Annual report on the lock hospitals of the Madras Presidency
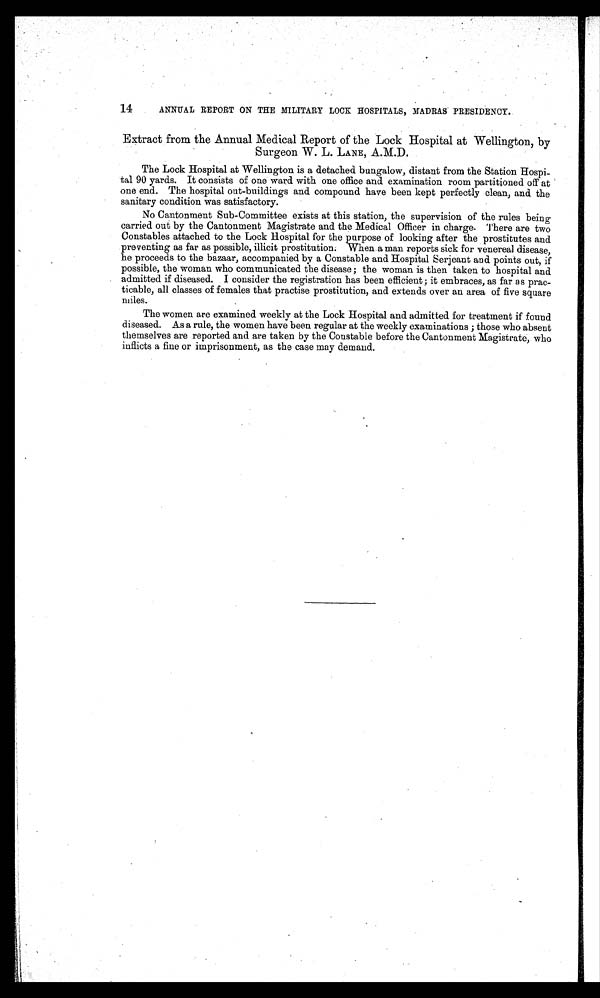
14
ANNUAL REPORT ON THE MILITARY LOCK HOSPITALS, MADRAS PRESIDENCY.
Extract from the Annual Medical Report of the Lock Hospital at Wellington, by
Surgeon W. L. LANE, A.M.D.
The Lock Hospital at Wellington is a detached bungalow, distant from the Station Hospi-
tal 90 yards. It consists of one ward with one office and examination room partitioned off at
one end. The hospital out-buildings and compound have been kept perfectly clean, and the
sanitary condition was satisfactory.
No Cantonment Sub-Committee exists at this station, the supervision of the rules being
carried out by the Cantonment Magistrate and the Medical Officer in charge. There are two
Constables attached to the Lock Hospital for the purpose of looking after the prostitutes and
preventing as far as possible, illicit prostitution. When a man reports sick for venereal disease,
he proceeds to the bazaar, accompanied by a Constable and Hospital Serjeant and points out, if
possible, the woman who communicated the disease ; the woman is then taken to hospital and
admitted if diseased. I consider the registration has been efficient ; it embraces, as far as prac-
ticable, all classes of females that practise prostitution, and extends over an area of five square
miles.
The women are examined weekly at the Lock Hospital and admitted for treatment if found
diseased. As a rule, the women have been regular at the weekly examinations ; those who absent
themselves are reported and are taken by the Constable before the Cantonment Magistrate, who
inflicts a fine or imprisonment, as the case may demand.